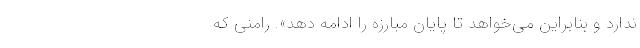
ندارد و بنابراین می‌خواهد تا پایان مبارزه را ادامه دهد». رامنی که